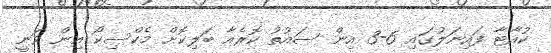
ކުއާޓާ ފައިނަލުގައި 6-3 އިން ސައުތު ކޮރެއާ ބަލިކޮށް މެކްސިކޯ އިން ވަނީ